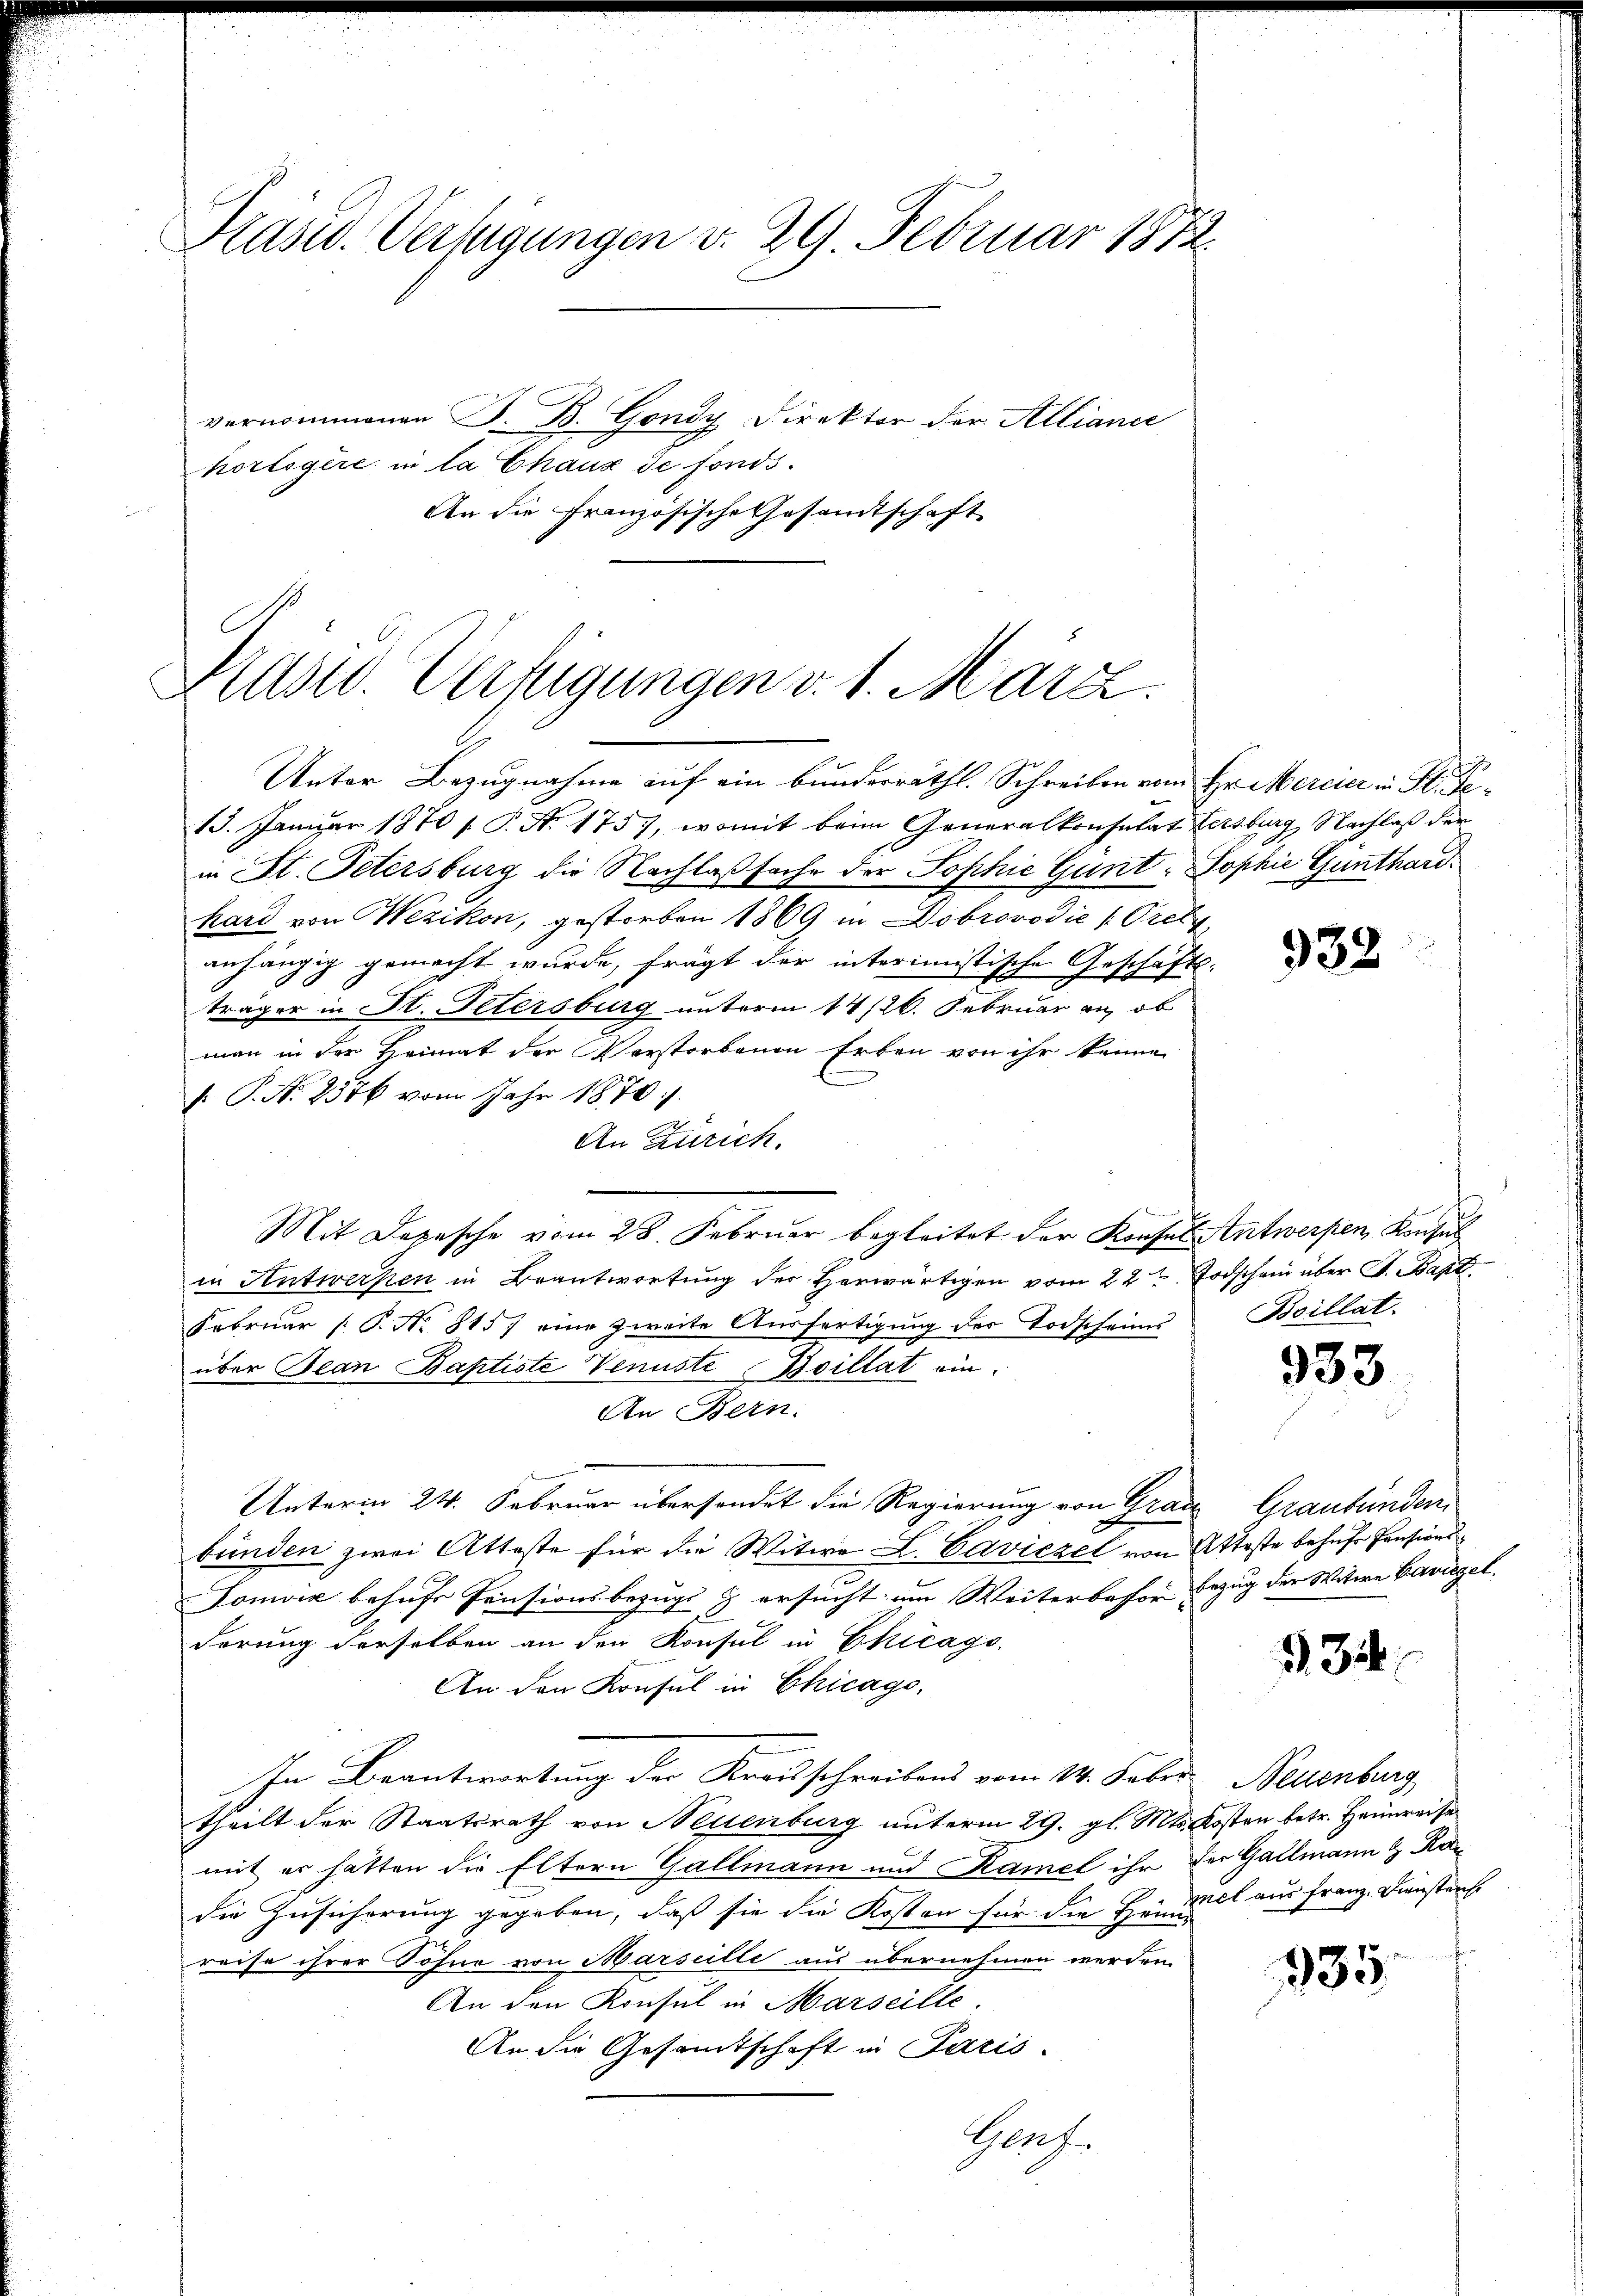
Kasid. Verfügungen v. 29. Februar 1872
vernommenen D. B. Gondy Direktor der Allianie
korlogère in la Chaux de fonds.
An die Französische Gesandtschaft

Präsid. Verfügungen v. 1. März.
Unter Bezugnahme auf ein bunderräthl. Schreiben vom Hr. Mercier in St. Ge¬

13. Januar 1870/ P. Nr. 175, womit beim Generalkonsulat (ersburg, Nachlaß der
in St. Petersburg die Nachlaßsache der Sophie Günt: Sophie Gunthardhard von Wezikon, gestorben 1869 in Dobrovodić (Orel
anhängig gemacht wurde, fragt der interimistische Geschäfts-
träger in St. Petersburg unterm 14/26. Februar an, ob
man in der Heimat der Verstorbenen Erben von ihr keine
/. P. Nr. 2576 vom Jahr 1870.
An Zürich.
Mit Depesche vom 28. Februar begleitet der Konsul Antwerpen Konsul
in Antwerfen in Beantwortung der Herwärtigen vom 22ten Todschein über St. Band.
Februar (: P. No. 8157 eine zweite Ausfertigung der Todscheinu
über Bean Baptiste Venuste Boillat ein.
An Bern.
Unterm 24. Februar übersendet die Regierung von Grade Graubünden,
bunden zwei Atteste für die Witwe L. Caviezel von Atteste behufe Pensions¬
Sonvić behufs Pensionsbezugs & ersucht um Weiterbahre Bezug der Witwe Baviegel.
derung derselben an den Konsul in Chicago,
An den Konsul in Chicago,
In Beantwortung der Kreisschreibens vom 14. Feber Neuenburg,
theilt der Staatsrath von Neuenburg unterm 29. gl. Mts. Kosten betr. Heimreise
mit er hätten die Eltern Gallmann und Kamel ihr der Gallmann & Kan
die Zusicherung gegeben, daß sie die Kosten für die Heimal aus Franz. Dienstens
reise ihrer Söhne von Marseille aus übernehmen werden.
An den Konsul in Marseille.
An die Gesamtschaft in Paris.
Graf.

932

Boillat

933

34

335.